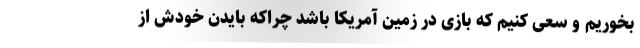
بخوریم و سعی کنیم که بازی در زمین آمریکا باشد چراکه بایدن خودش از